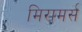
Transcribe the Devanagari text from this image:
मिरामर्स